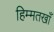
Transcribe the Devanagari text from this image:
हिम्मतखाँ